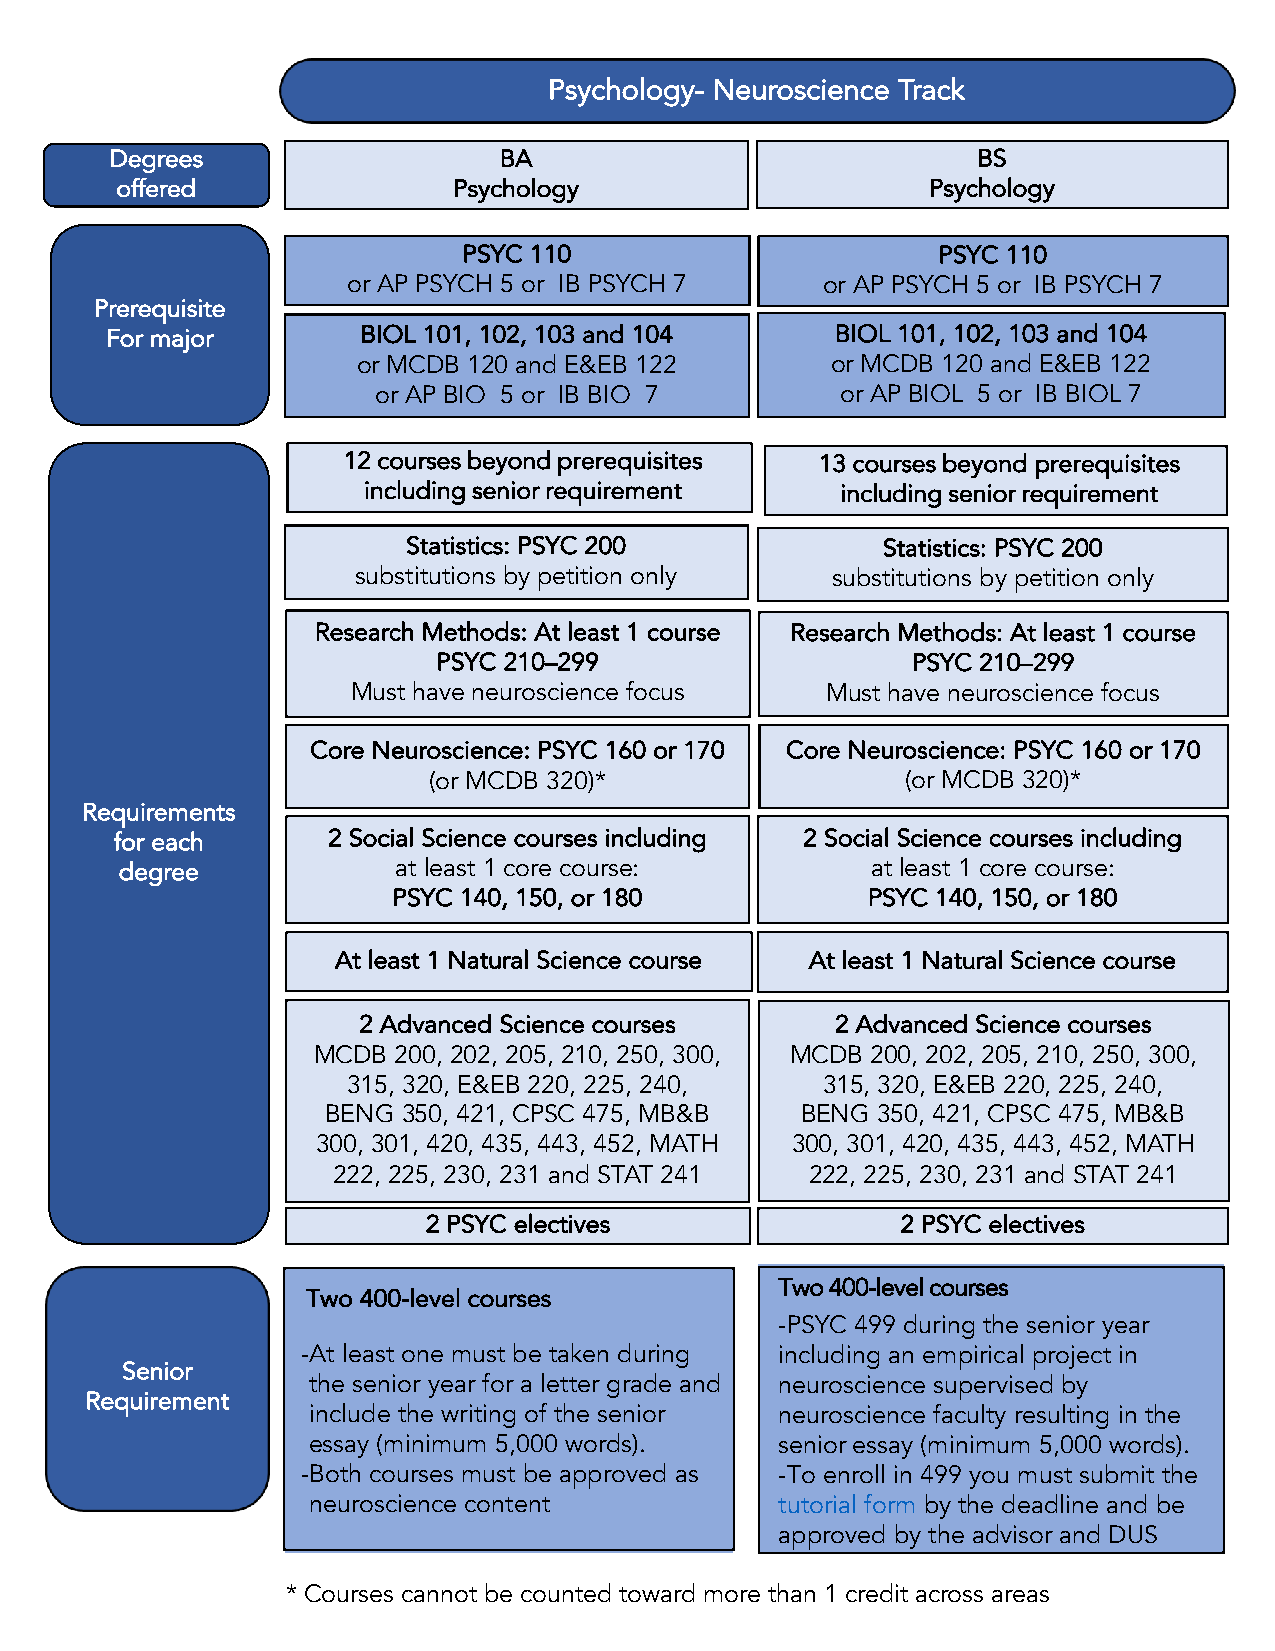
Psychology- Neuroscience Track
 Degrees                   BA                              BS
 offered               Psychology                      Psychology
 PSYC 110                       PSYC 110
 or AP PSYCH 5 or IB PSYCH 7    or AP PSYCH 5 or IB PSYCH 7
 Prerequisite
 For major        BIOL 101, 102, 103 and 104     BIOL 101, 102, 103 and 104
 or MCDB 120 and E&EB 122       or MCDB 120 and E&EB 122
 or AP BIO 5 or IB BIO 7        or AP BIOL 5 or IB BIOL 7
 12 courses beyond prerequisites 13 courses beyond prerequisites
 including senior requirement    including senior requirement
 Statistics: PSYC 200           Statistics: PSYC 200
 substitutions by petition only substitutions by petition only
 Research Methods: At least 1 course Research Methods: At least 1 course
 PSYC 210–299                   PSYC 210–299
 Must have neuroscience focus    Must have neuroscience focus
 Core Neuroscience: PSYC 160 or 170 Core Neuroscience: PSYC 160 or 170
 (or MCDB 320)*                  (or MCDB 320)*
 Requirements
 for each      2 Social Science courses including 2 Social Science courses including
 degree            at least 1 core course:         at least 1 core course:
 PSYC 140, 150, or 180          PSYC 140, 150, or 180
 At least 1 Natural Science course At least 1 Natural Science course
 2 Advanced Science courses     2 Advanced Science courses
 MCDB 200, 202, 205, 210, 250, 300, MCDB 200, 202, 205, 210, 250, 300,
 315, 320, E&EB 220, 225, 240,  315, 320, E&EB 220, 225, 240,
 BENG 350, 421, CPSC 475, MB&B  BENG 350, 421, CPSC 475, MB&B
 300, 301, 420, 435, 443, 452, MATH 300, 301, 420, 435, 443, 452, MATH
 222, 225, 230, 231 and STAT 241 222, 225, 230, 231 and STAT 241
 2 PSYC electives                2 PSYC electives
 Two 400-level courses
 Two 400-level courses
 -PSYC 499 during the senior year
 -At least one must be taken during including an empirical project in
 Senior
 the senior year for a letter grade and neuroscience supervised by
 Requirement
 include the writing of the senior neuroscience faculty resulting in the
 essay (minimum 5,000 words).    senior essay (minimum 5,000 words).
 -Both courses must be approved as -To enroll in 499 you must submit the
 neuroscience content            tutorial form by the deadline and be
 approved by the advisor and DUS
 * Courses cannot be counted toward more than 1 credit across areas